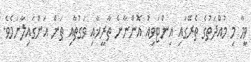
ވީމާ މި މުއްދަތުގެ ތެރޭގައި އިންޓަވިއު އޮންނާނެ ތާރީޚާއި ވަގުތާއި ތަން އަންގައިލާނަމެވެ.